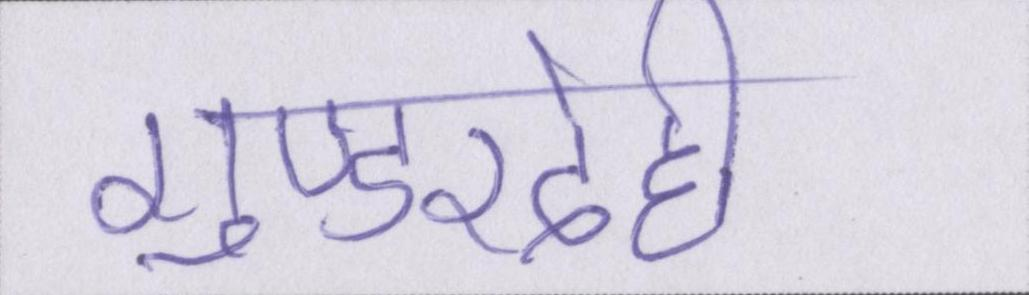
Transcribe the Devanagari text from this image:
गुण्डरदेही